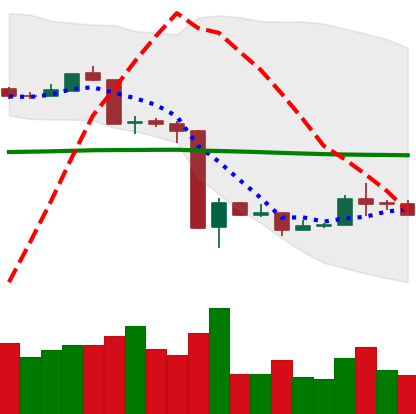
Ticker: ETH-USD
Chart end date: 2020-03-22
Forward return: 8.609%
Label: up_7plus